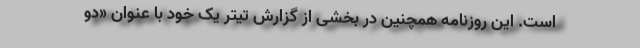
است. این روزنامه همچنین در بخشی از گزارش تیتر یک خود با عنوان «دو